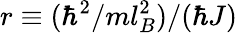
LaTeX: r\equiv(\hbar^{2}/ml_{B}^{2})/(\hbar J)